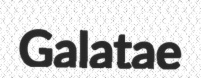
Galatae